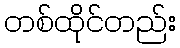
တစ်ထိုင်တည်း